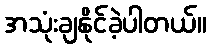
အသုံးချနိုင်ခဲ့ပါတယ်။